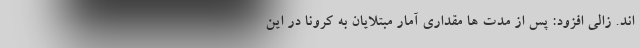
اند. زالی افزود: پس از مدت ها مقداری آمار مبتلایان به کرونا در این